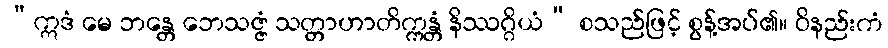
“ဣဒံ မေ ဘန္တေ ဘေသဇ္ဇံ သတ္တာဟာတိက္ကန္တံ နိဿဂ္ဂိယံ” စသည်ဖြင့် စွန့်အပ်၏။ ဝိနည်းကံ